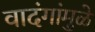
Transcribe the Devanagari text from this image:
वादंगांमुळे